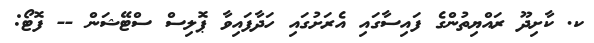
ކ. ކާށިދޫ ރައްޔިތުންގެ ފައިސާގައި އެރަށުގައި ހަދާފައިވާ ޕޮލިސް ސްޓޭޝަން -- ފޮޓޯ: